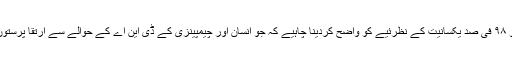
سب سے پہلے تو ۹۸ فی صد یکسانیت کے نظرئیے کو واضح کردینا چاہیے کہ جو انسان اور چیمپینزی کے ڈی این اے کے حوالے سے ارتقا پرستوں نے پھیلایا ہے۔